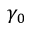
\gamma _ { 0 }